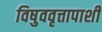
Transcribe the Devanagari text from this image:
विषुववृत्तापाशी